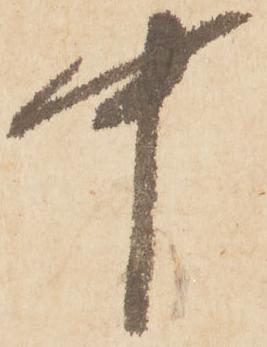
中